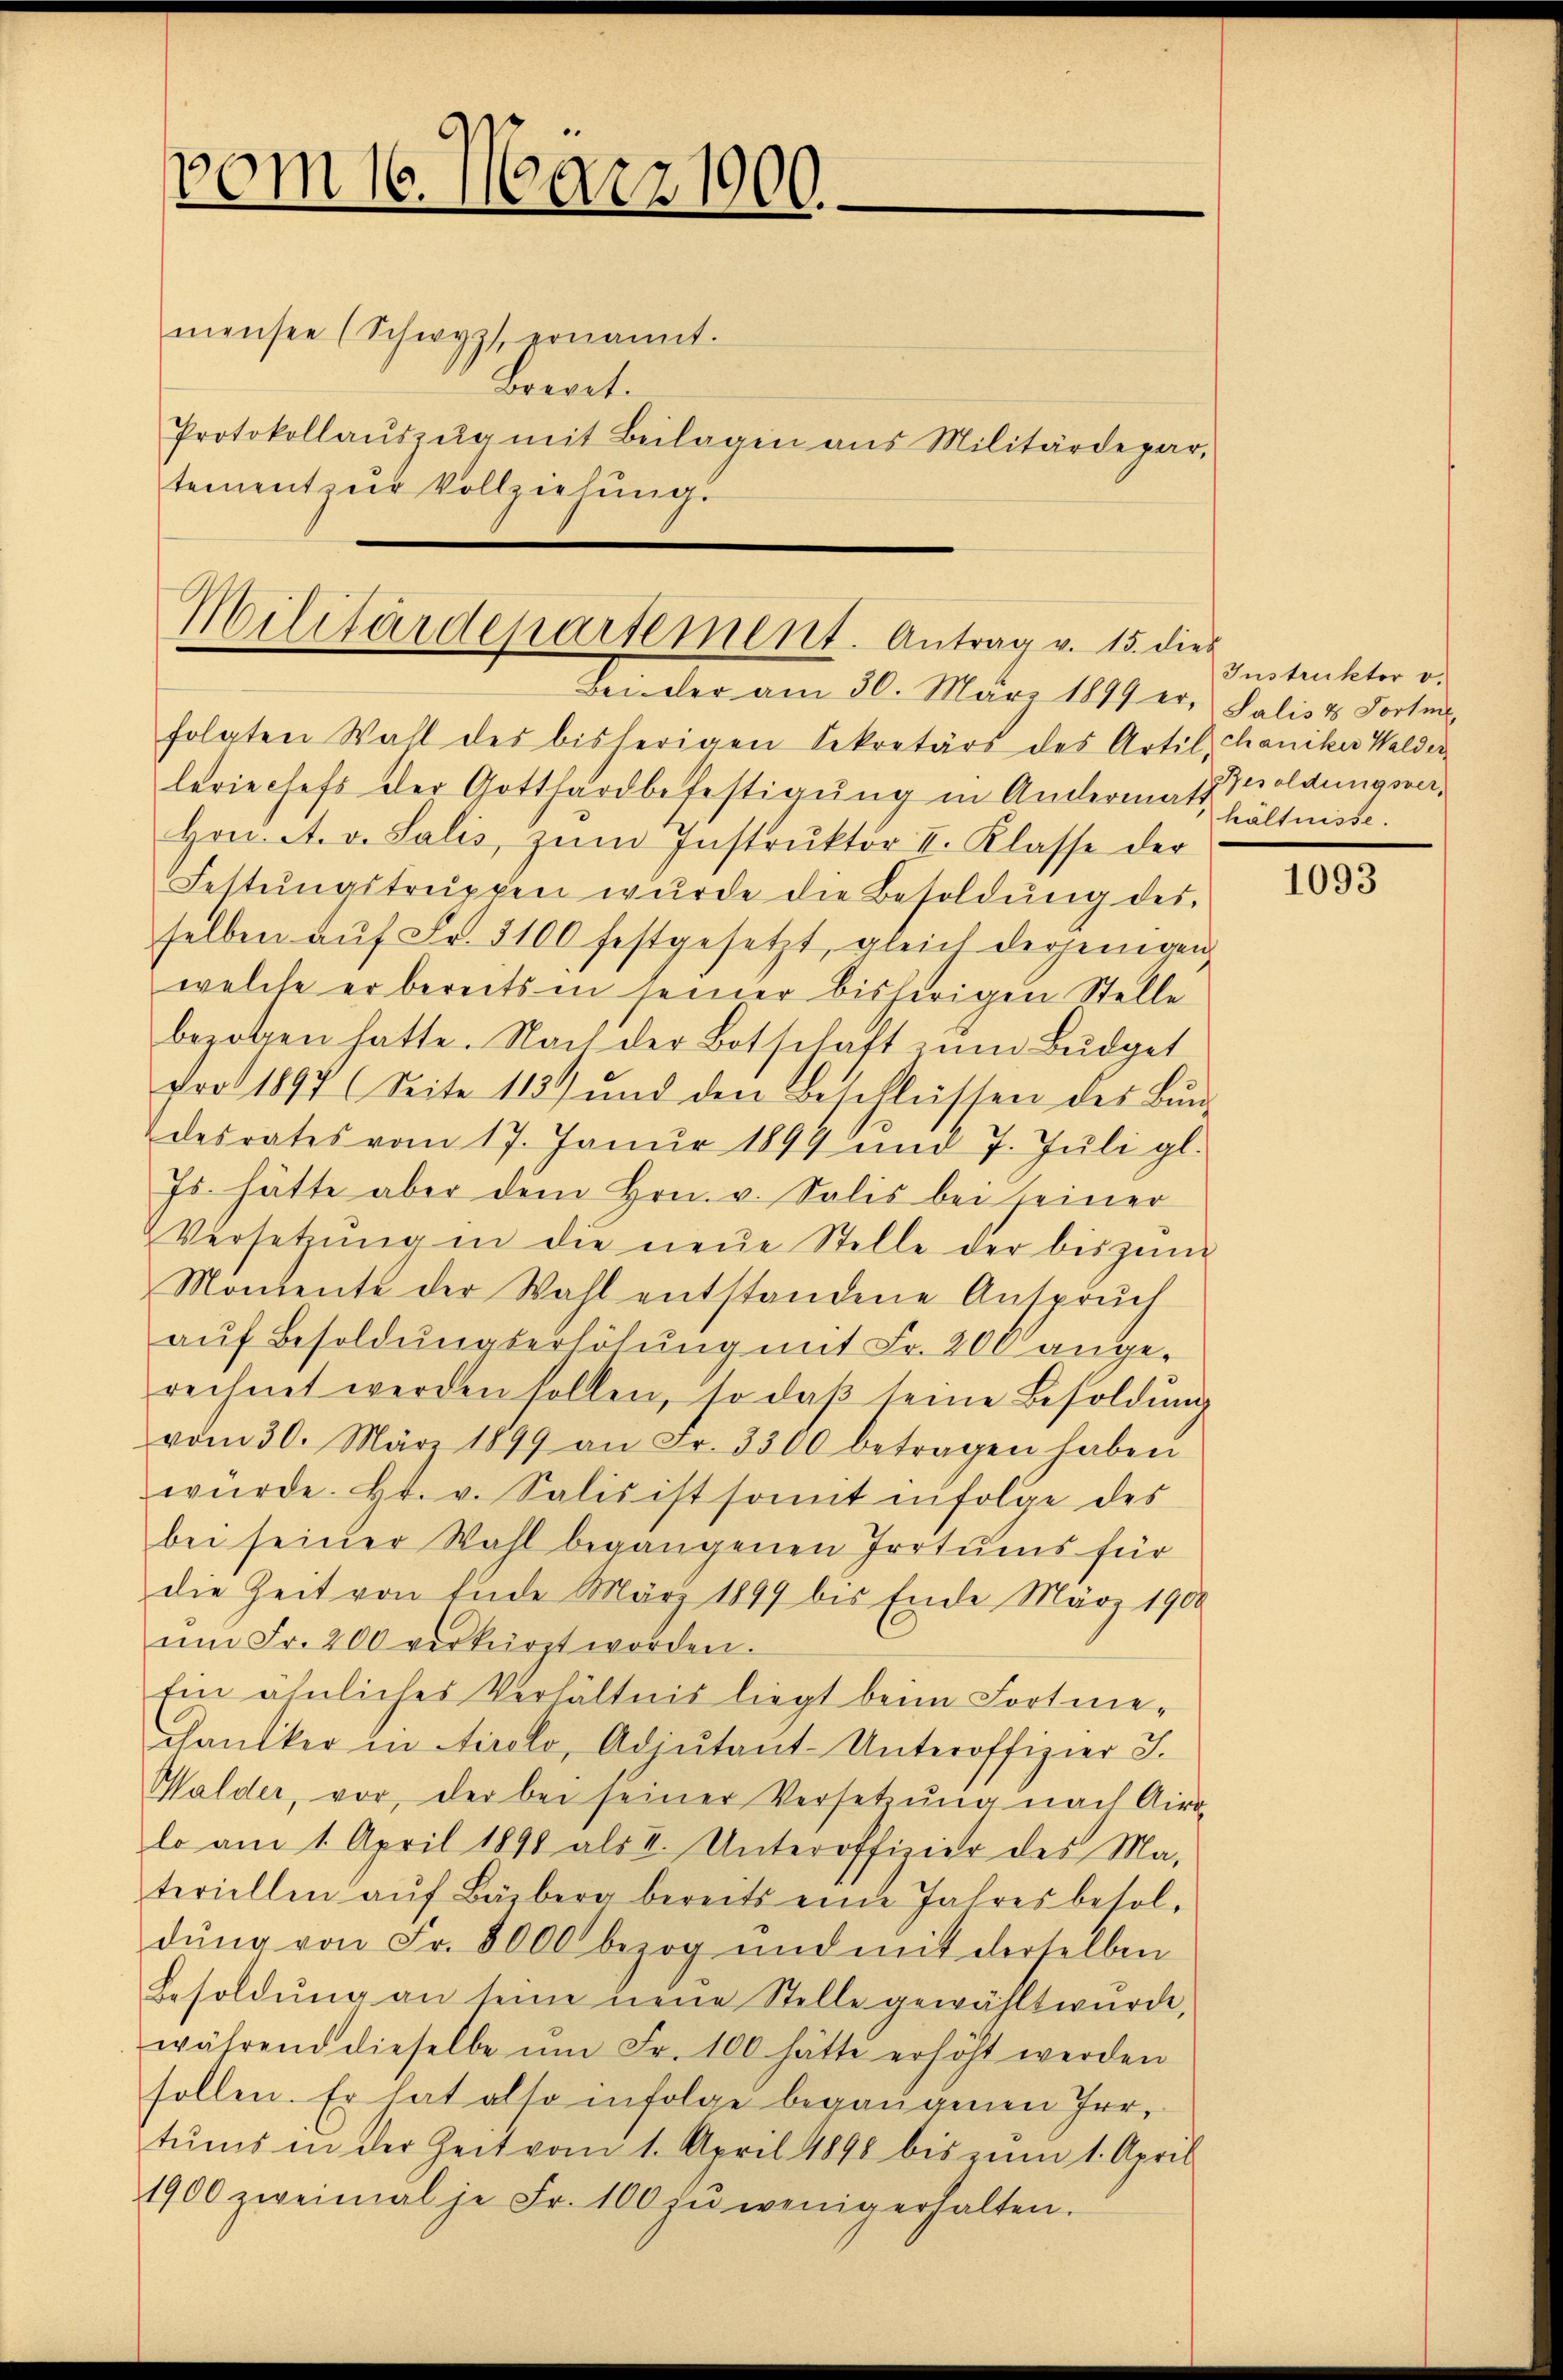
vom 16. März 1900.

mensee (Schwyz ernannt.
Brevet.
Protokollaŭszŭg mit Beilagen ans Militärdepar-
tement zur Vollziehung.

Militärdepartement. Antrag v. 15. die

Bei der am 30. März 1899 er, Salis & Fortnifolgten Wahl des bisherigen Sekretärs des Artil, Chaniker Walderleriechefs der Gotthardbefestigung in Andermass Waldungsver¬
Hon. A. v. Salis, zŭm Instrŭktor I. Klasse der
Fettungstruppen wurde die Besoldung des
selben aŭf Fr. 3100 festgesetzt, gleich derjenigen
welche er bereits in seiner bisherigen Stelle
bezogen hatte. Nach der Botschaft ŭm Bŭdget
dro 1897 (Seite 113) und den Beschlüssen des Bŭn-
desrates vom 17. Janŭr 1899 und 7. Jŭli gl.
Js. hätte aber dem Hrn. v. Salis bei seiner
Versetzŭng in die neŭe Stelle der bis zŭm
Montente der Wahl entstandene Anspruch
auf Besoldungserhöhung mit Fr. 200 ange-
rechnet werden sollen, so daβ seine Besoldŭng
vom 30. März 1899 an Fr. 3300 betragen haben
würde. Hr. v. Salis ist somit infolge des
bei seiner Wahl begangenen Irrtums für
die Zeit von Ende März 1899 bis Ende März 1900
ŭm Fr. 200 verkürzt worden.
Ein ähnliches Verhältnis liegt beim Fortme-
chaniker in Airolo, Adjutant-Unteroffizier J.
Walder, vor, der bei seiner Versetzŭng nach Airo
lo am 1. April 1890 als I. Unteroffizier des Ma-
teriellen aŭf Bäzberg bereits eine Jahresbesoldŭng von Fr. 8000 bezog und mit derselben
Besoldŭng an seine neŭe Stelle gewählt wŭrde,
während dieselbe ŭm Fr. 100 hätte erhöht werden
sollen. Er hat also infolge begangenen Irrtŭms in der Zeit vom 1. April 1898 bis zŭm 1. April
1900 zweimal je Fr. 100 zŭ wenig erhalten.

Instrukter v.
hältnisse.

1093